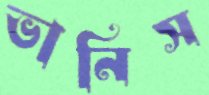
ভানিস